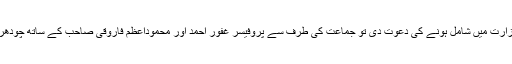
1978ءمیں جب جنرل ضیاالحق نے پی این اے کو وفاقی وزارت میں شامل ہونے کی دعوت دی تو جماعت کی طرف سے پروفیسر غفور احمد اور محموداعظم فاروقی صاحب کے ساتھ چودھری رحمت الٰہی کو وفاقی وزیر کی حیثیت سے نامزد کیاگیا۔